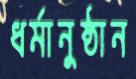
ধর্মানুষ্ঠান